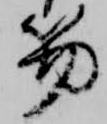
笏